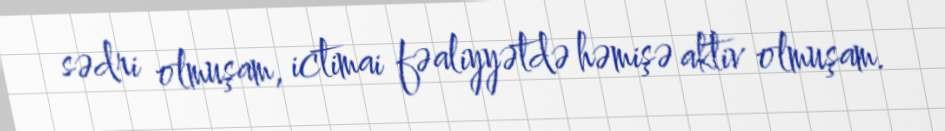
sədri olmuşam, ictimai fəaliyyətdə həmişə aktiv olmuşam.